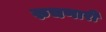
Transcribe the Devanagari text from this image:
रुचणारी